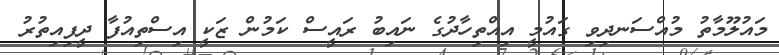
މައުލޫމާތު މުއްސަނދިވި ގައުމީ އިއްތިހާދުގެ ނައިބު ރައީސް ކަމުން ޒަކީ އިސްތިއުފާ ދީފިއިތުރު